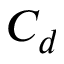
C _ { d }